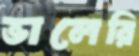
ভালেরি